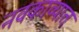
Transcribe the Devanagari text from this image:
नवकाव्यात